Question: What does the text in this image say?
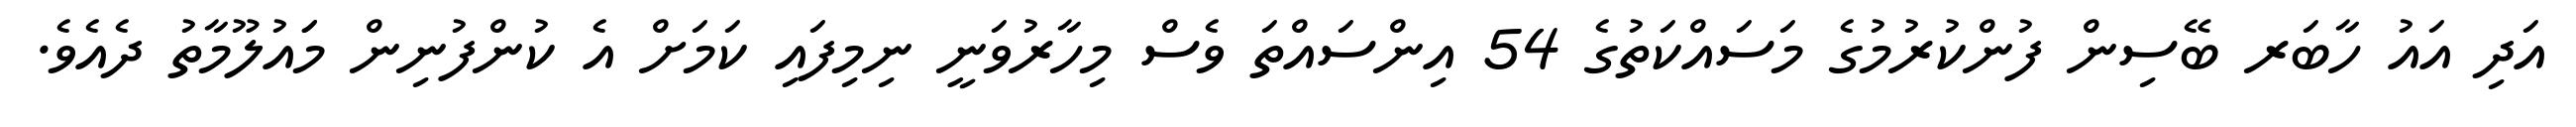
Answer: އަދި އައު ހާބަރ ބޭސިން ފުންކުރުމުގެ މަސައްކަތުގެ 54 އިންސައްތަ ވެސް މިހާރުވަނީ ނިމިފައި ކަމަށް އެ ކުންފުނިން މަައުލޫމާތު ދެއެވެ.